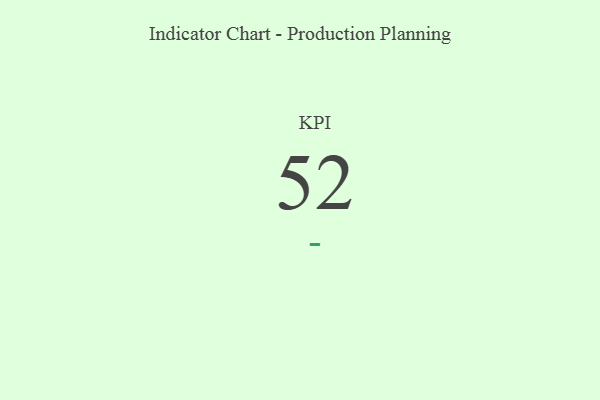
{"axis": {"x": "KPI", "y": "Value"}, "legend": [""], "data": [{"x": "KPI", "y": 52, "type": ""}]}